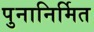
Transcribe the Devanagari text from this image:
पुनानिर्मित